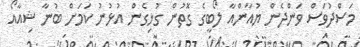
މަސްދުވަސް ވަންދެން ޔުއާންއާ ލޯބީގެ ގޮތުން ގުޅިގެން އުޅުނު ކަމަށް ބުނާ ޝިއާއޯ